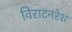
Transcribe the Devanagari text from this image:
विराटनरेश